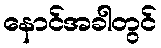
နောင်အခါတွင်